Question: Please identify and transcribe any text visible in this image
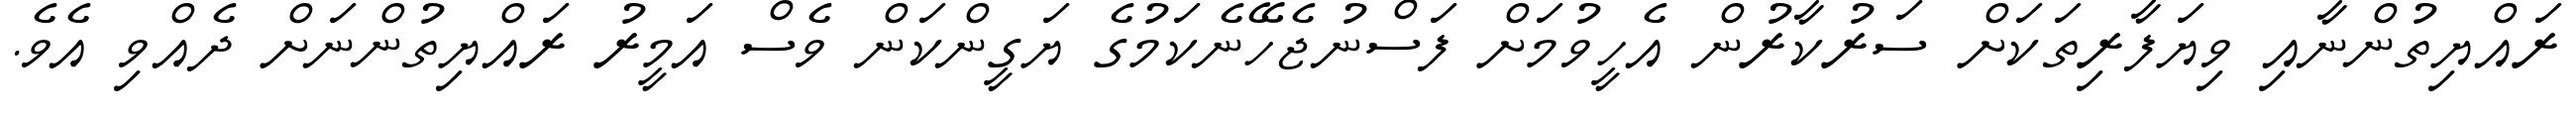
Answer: ރައްޔިތުންނާއި ވިޔަފާރިތަކަށް ސަރުކާރުން އެހީވުމަށް ފަސްނުޖެހޭނެކަމުގެ ޔަގީންކަން ވެސް އަމީރު ރައްޔިތުންނަށް ދެއްވި އެވެ.